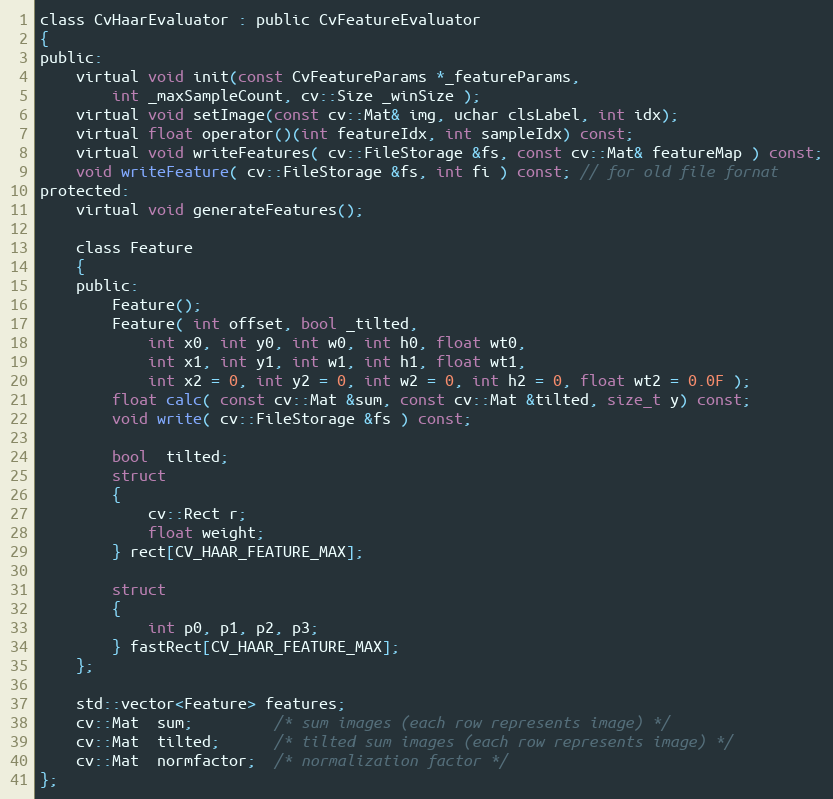
Language: C
class CvHaarEvaluator : public CvFeatureEvaluator
{
public:
    virtual void init(const CvFeatureParams *_featureParams,
        int _maxSampleCount, cv::Size _winSize );
    virtual void setImage(const cv::Mat& img, uchar clsLabel, int idx);
    virtual float operator()(int featureIdx, int sampleIdx) const;
    virtual void writeFeatures( cv::FileStorage &fs, const cv::Mat& featureMap ) const;
    void writeFeature( cv::FileStorage &fs, int fi ) const; // for old file fornat
protected:
    virtual void generateFeatures();

    class Feature
    {
    public:
        Feature();
        Feature( int offset, bool _tilted,
            int x0, int y0, int w0, int h0, float wt0,
            int x1, int y1, int w1, int h1, float wt1,
            int x2 = 0, int y2 = 0, int w2 = 0, int h2 = 0, float wt2 = 0.0F );
        float calc( const cv::Mat &sum, const cv::Mat &tilted, size_t y) const;
        void write( cv::FileStorage &fs ) const;

        bool  tilted;
        struct
        {
            cv::Rect r;
            float weight;
        } rect[CV_HAAR_FEATURE_MAX];

        struct
        {
            int p0, p1, p2, p3;
        } fastRect[CV_HAAR_FEATURE_MAX];
    };

    std::vector<Feature> features;
    cv::Mat  sum;         /* sum images (each row represents image) */
    cv::Mat  tilted;      /* tilted sum images (each row represents image) */
    cv::Mat  normfactor;  /* normalization factor */
};